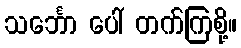
သင်္ဘော ပေါ် တက်ကြစို့။